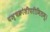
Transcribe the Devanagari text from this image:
पञ्चक्रोशीपरीमितम्।